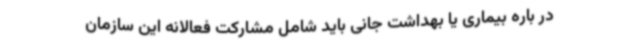
در باره بیماری یا بهداشت جانی باید شامل مشارکت فعالانه این سازمان